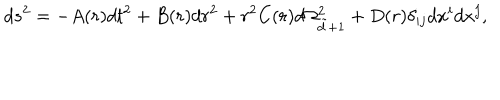
d s ^ { 2 } = - A ( r ) d t ^ { 2 } + B ( r ) d r ^ { 2 } + r ^ { 2 } C ( r ) d \Omega _ { \tilde { d } + 1 } ^ { 2 } + D ( r ) \delta _ { i j } d x ^ { i } d x ^ { j } ,